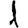
Digit: 1